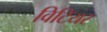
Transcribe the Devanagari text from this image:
विटियर